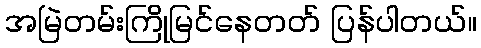
အမြဲတမ်းကြိုမြင်နေတတ် ပြန်ပါတယ်။